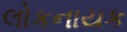
લોકનાયક